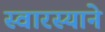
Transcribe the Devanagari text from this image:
स्वारस्याने